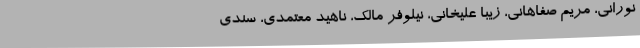
نورانی، مریم صفاهانی، زیبا علیخانی، نیلوفر مالک، ناهید معتمدی، سندی